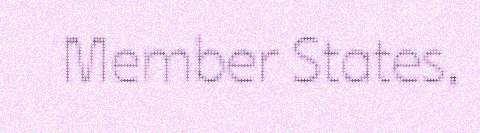
Member States,